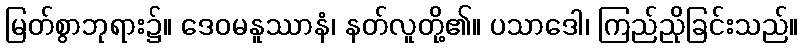
မြတ်စွာဘုရား၌။ ဒေဝမနူဿာနံ၊ နတ်လူတို့၏။ ပသာဒေါ၊ ကြည်ညိုခြင်းသည်။